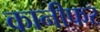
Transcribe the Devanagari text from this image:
कानीफर